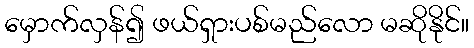
မှောက်လှန်၍ ဖယ်ရှားပစ်မည်လော မဆိုနိုင်။